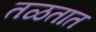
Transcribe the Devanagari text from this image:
तळतात